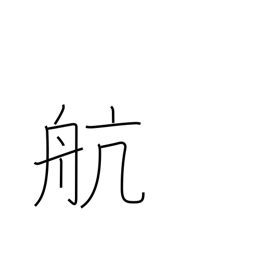
Meaning: cruise